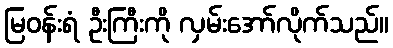
မြဝန်းရံ ဦးကြီးကို လှမ်းအော်လိုက်သည်။